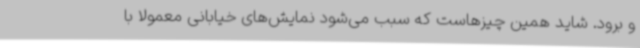
و برود. شاید همین چیزهاست که سبب می‌شود نمایش‌های خیابانی معمولا با